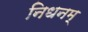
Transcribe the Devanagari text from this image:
निधनम्